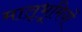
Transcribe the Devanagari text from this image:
मातृभूमियों